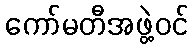
ကော်မတီအဖွဲ့ဝင်